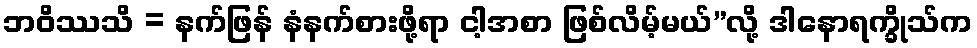
ဘဝိဿသိ = နက်ဖြန် နံနက်စားဖို့ရာ ငါ့အစာ ဖြစ်လိမ့်မယ်”လို့ ဒါနောရက္ခိုသ်က